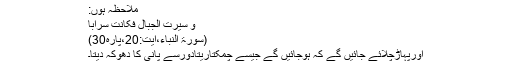
ملاحظہ ہوں:
وَّ سُیِّرَتِ الْجِبَالُ فَکَانَتْ سَرَابًا
(سورۃ النباء،آیت:20،پارہ30)
اورپہاڑچلائے جائیں گے کہ ہوجائیں گے جیسے چمکتاریتادورسے پانی کا دھوکہ دیتا۔